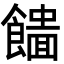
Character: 𩞮